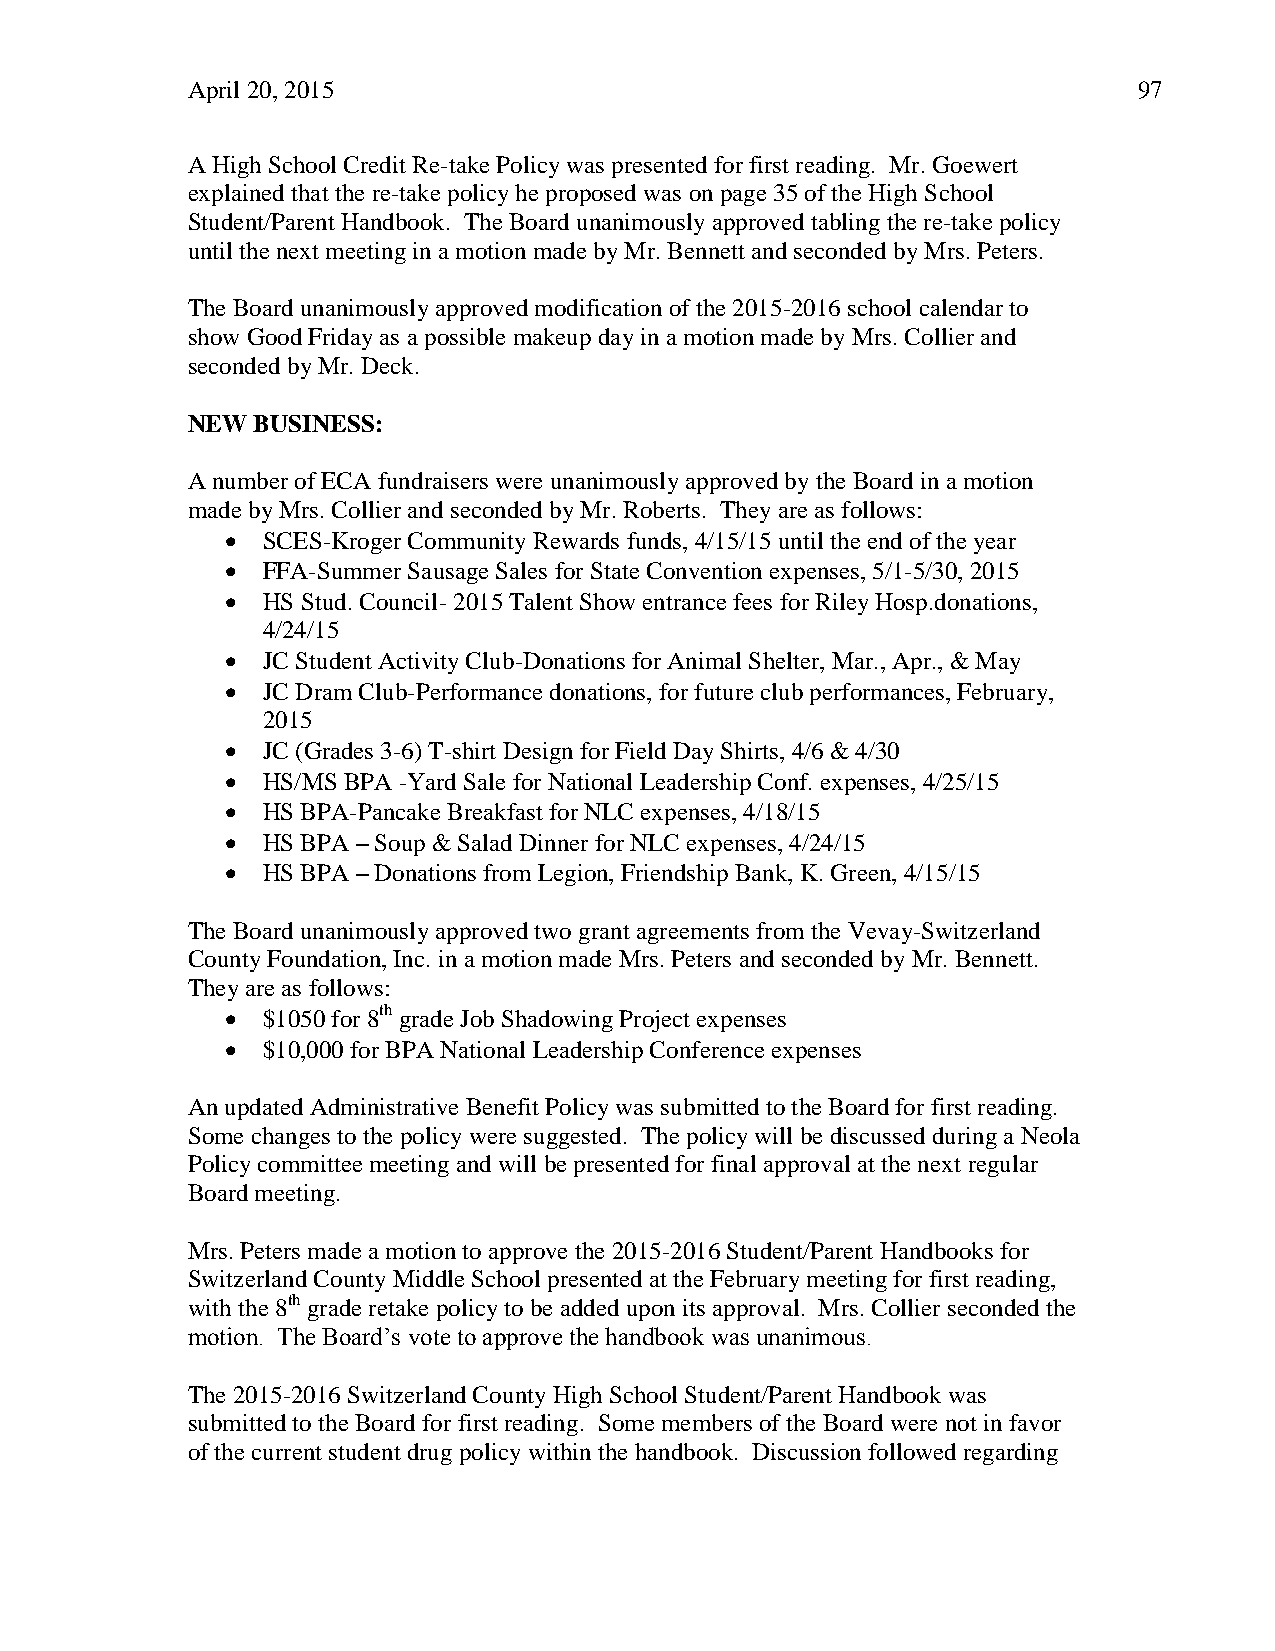
April 20, 2015                                                 97
 A High School Credit Re-take Policy was presented for first reading. Mr. Goewert
 explained that the re-take policy he proposed was on page 35 of the High School
 Student/Parent Handbook. The Board unanimously approved tabling the re-take policy
 until the next meeting in a motion made by Mr. Bennett and seconded by Mrs. Peters.
 The Board unanimously approved modification of the 2015-2016 school calendar to
 show Good Friday as a possible makeup day in a motion made by Mrs. Collier and
 seconded by Mr. Deck.
 NEW  BUSINESS:
 A number of ECA fundraisers were unanimously approved by the Board in a motion
 made by Mrs. Collier and seconded by Mr. Roberts. They are as follows:
  SCES-Kroger Community Rewards funds, 4/15/15 until the end of the year
  FFA-Summer Sausage Sales for State Convention expenses, 5/1-5/30, 2015
  HS Stud. Council- 2015 Talent Show entrance fees for Riley Hosp.donations,
 4/24/15
  JC Student Activity Club-Donations for Animal Shelter, Mar., Apr., & May
  JC Dram Club-Performance donations, for future club performances, February,
 2015
  JC (Grades 3-6) T-shirt Design for Field Day Shirts, 4/6 & 4/30
  HS/MS BPA -Yard Sale for National Leadership Conf. expenses, 4/25/15
  HS BPA-Pancake Breakfast for NLC expenses, 4/18/15
  HS BPA – Soup & Salad Dinner for NLC expenses, 4/24/15
  HS BPA – Donations from Legion, Friendship Bank, K. Green, 4/15/15
 The Board unanimously approved two grant agreements from the Vevay-Switzerland
 County Foundation, Inc. in a motion made Mrs. Peters and seconded by Mr. Bennett.
 They are as follows:
  $1050 for 8th grade Job Shadowing Project expenses
  $10,000 for BPA National Leadership Conference expenses
 An updated Administrative Benefit Policy was submitted to the Board for first reading.
 Some changes to the policy were suggested. The policy will be discussed during a Neola
 Policy committee meeting and will be presented for final approval at the next regular
 Board meeting.
 Mrs. Peters made a motion to approve the 2015-2016 Student/Parent Handbooks for
 Switzerland County Middle School presented at the February meeting for first reading,
 with the 8th grade retake policy to be added upon its approval. Mrs. Collier seconded the
 motion. The Board’s vote to approve the handbook was unanimous.
 The 2015-2016 Switzerland County High School Student/Parent Handbook was
 submitted to the Board for first reading. Some members of the Board were not in favor
 of the current student drug policy within the handbook. Discussion followed regarding